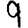
Digit: 9